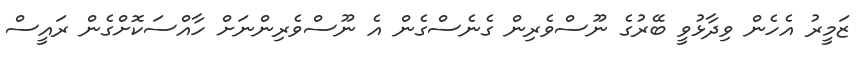
ޒަމީރު އެހެން ވިދާޅުވީ ބޭރުގެ ނޫސްވެރިން ގެނެސްގެން އެ ނޫސްވެރިންނަށް ހާއްސަކޮށްގެން ރައީސް